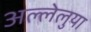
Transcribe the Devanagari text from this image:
अल्लेलुया